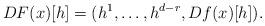
LaTeX: \begin{align*}DF(x)[h]=(h^1,\ldots,h^{d-r},Df(x)[h]). \end{align*}